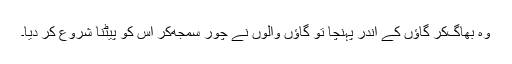
وہ بھاگ‌کر گاؤں کے اندر پہنچا تو گاؤں والوں نے چور سمجھ‌کر اس کو پیٹنا شروع کر دیا۔